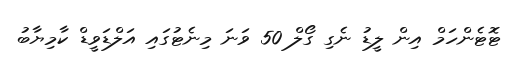
ޓޮޓެންހަމް އިން ލީޑު ނެގި ގޯލް 50 ވަނަ މިނެޓުގައި އަލްޑަވީޑް ކާމިޔާބު